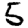
Digit: 5